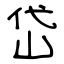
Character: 岱